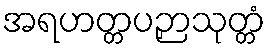
အရဟတ္တပဉှာသုတ္တံ